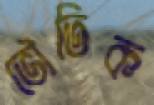
ভৌতিক